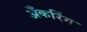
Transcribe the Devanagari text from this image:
अँकरिंग